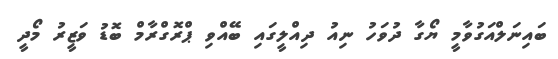
ބައިނަލްއަގުވާމީ ޔޯގާ ދުވަހު ނިއު ދިއްލީގައި ބޭއްވި ޕްރޮގްރާމް ބޮޑު ވަޒީރު މޯދީ